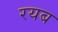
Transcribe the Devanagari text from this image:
रयब